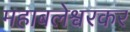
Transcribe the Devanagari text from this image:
महाबलेश्वरकर